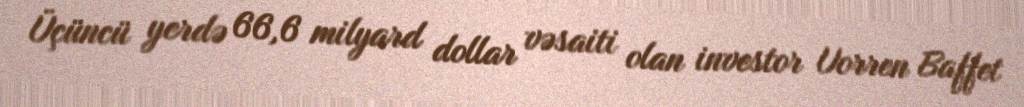
Üçüncü yerdə 66,6 milyard dollar vəsaiti olan investor Uorren Baffet